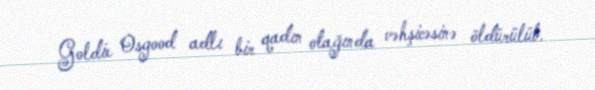
Goldie Osgood adlı bir qadın otağında vəhşicəsinə öldürülüb.